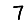
Digit: 7